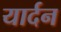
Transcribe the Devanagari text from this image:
यार्दन